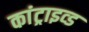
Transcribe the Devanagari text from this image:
कांट्राइव्ड